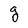
Character: g